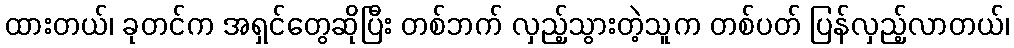
ထားတယ်၊ ခုတင်က အရှင်တွေဆိုပြီး တစ်ဘက် လှည့်သွားတဲ့သူက တစ်ပတ် ပြန်လှည့်လာတယ်၊